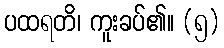
ပထရတိ၊ ကူးခပ်၏။ (၅)